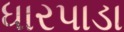
ધારપાડા